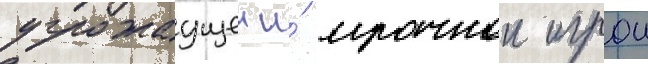
угрожаущеи и́ мрачнои игрои